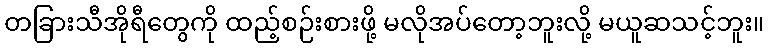
တခြားသီအိုရီတွေကို ထည့်စဉ်းစားဖို့ မလိုအပ်တော့ဘူးလို့ မယူဆသင့်ဘူး။